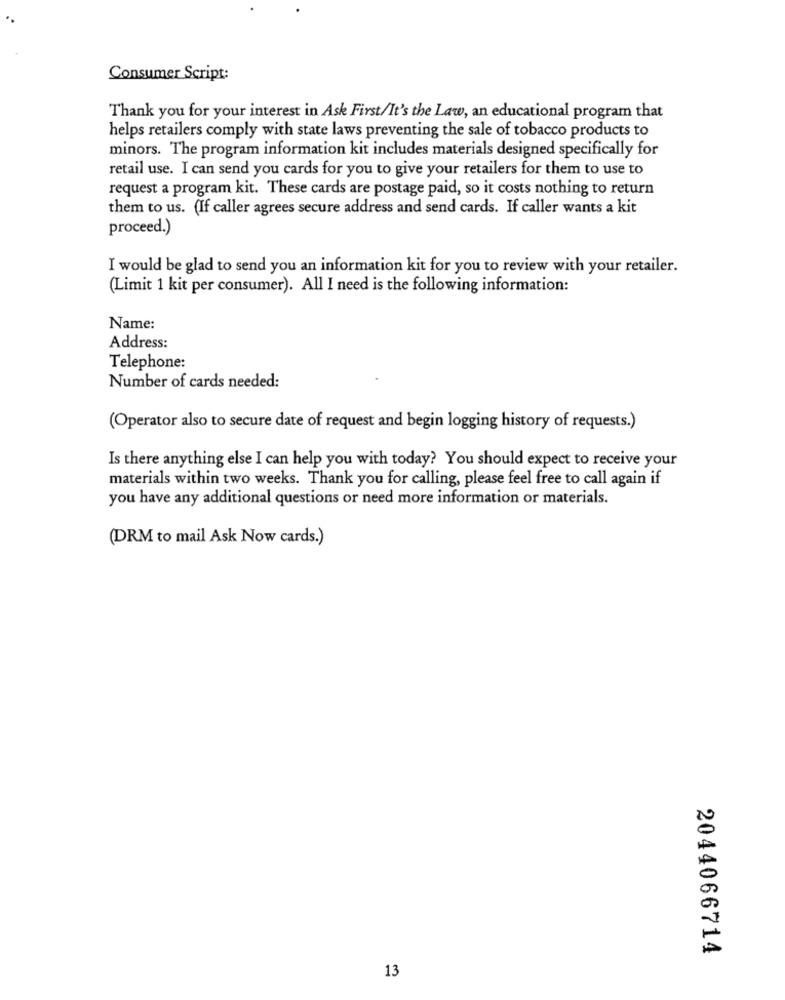
Consumer Script:
Thank you for your interest in Ask First/It's the Law, an educational program that
helps retailers comply with state laws preventing the sale of tobacco products to
minors. The program information kit includes materials designed specifically for
retail use. I can send you cards for you to give your retailers for them to use to
request a program kit. These cards are postage paid, so it costs nothing to return
them to us. (If caller agrees secure address and send cards. If caller wants a kit
proceed.)
I would be glad to send you an information kit for you to review with your retailer.
(Limit 1 kit per consumer). All I need is the following information:
Name:
Address:
Telephone:
Number of cards needed:
(Operator also to secure date of request and begin logging history of requests.)
Is there anything else I can help you with today? You should expect to receive your
materials within two weeks. Thank you for calling, please feel free to call again if
you have any additional questions or need more information or materials.
(DRM to mail Ask Now cards.)
2044066714
13